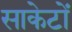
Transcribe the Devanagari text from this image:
साकेटों